Problem: 23 + 42 = ?
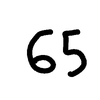
Handwritten answer: 65